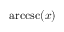
\operatorname { a r c c s c } ( x )